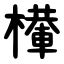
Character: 檋